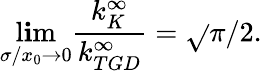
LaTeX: \operatorname*{l\mathbf{i}m}_{\sigma/x_{0}\to0}\frac{{k_{K}^{\infty}}}{{k_{TGD}^{\infty}}}=\sqrt{}{{\pi/2}}.